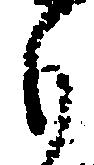
も